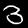
Digit: 3